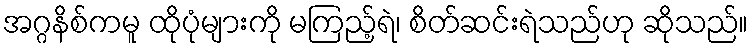
အဂ္ဂနိစ်ကမူ ထိုပုံများကို မကြည့်ရဲ၊ စိတ်ဆင်းရဲသည်ဟု ဆိုသည်။